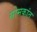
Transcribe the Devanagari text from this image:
सोमकांत